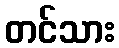
တင်သား